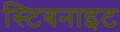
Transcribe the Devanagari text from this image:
स्टिबनाइट